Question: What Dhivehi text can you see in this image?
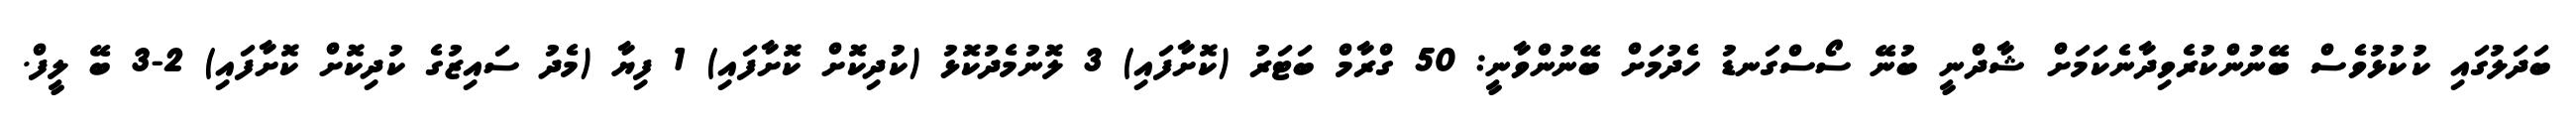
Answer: ބަދަލުގައި ކުކުޅުވެސް ބޭނުންކުރެވިދާނެކަމަށް ޝާދްނީ ބުނޭ ސޯސްގަނޑު ހެދުމަށް ބޭނުންވާނީ: 50 ގްރާމް ބަޓަރު (ކޮށާފައި) 3 ލޮނުމެދުކޮޅު (ކުދިކޮށް ކޮށާފައި) 1 ފިޔާ (މެދު ސައިޒުގެ ކުދިކޮށް ކޮށާފައި) 2-3 ބޭ ލީފް.